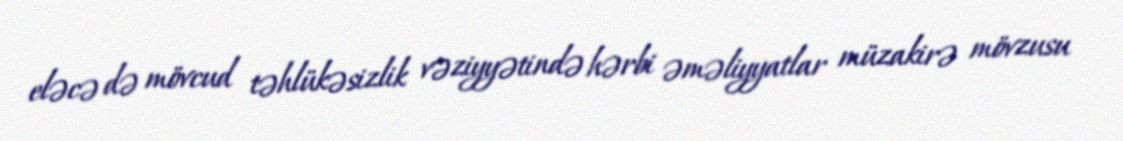
eləcə də mövcud təhlükəsizlik vəziyyətində hərbi əməliyyatlar müzakirə mövzusu